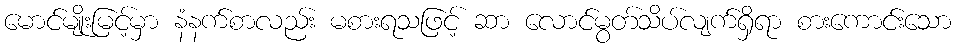
မောင်မျိုးမြင့်မှာ နံနက်စာလည်း မစားရသဖြင့် ဆာ လောင်မွတ်သိပ်လျက်ရှိရာ စားကောင်းသော